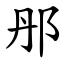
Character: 䢷